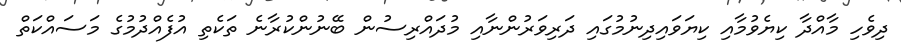
ދިވެހި މާއްދާ ކިޔެވުމާއި ކިޔަވައިދިނުމުގައި ދަރިވަރުންނާއި މުދައްރިސުން ބޭނުންކުރާނެ ތަކެތި އުފެއްދުމުގެ މަސައްކަތް